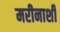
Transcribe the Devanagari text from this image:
मरीनाशी